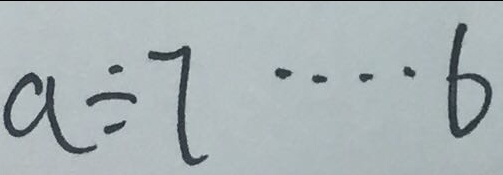
a \div 7 \cdots 6